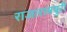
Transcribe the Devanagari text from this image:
राजारामपुरी